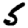
Digit: 5